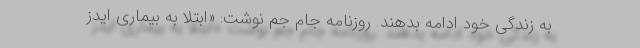
به زندگی خود ادامه بدهند. روزنامه جام جم نوشت: «ابتلا به بیماری ایدز